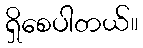
ရှိစေပါတယ်။